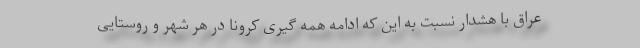
عراق با هشدار نسبت به این که ادامه همه گیری کرونا در هر شهر و روستایی